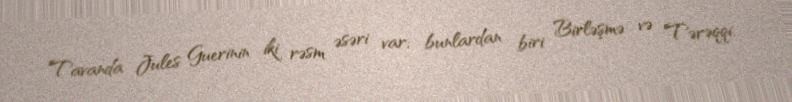
Tavanda Jules Guerinin iki rəsm əsəri var; bunlardan biri Birləşmə və Tərəqqi,